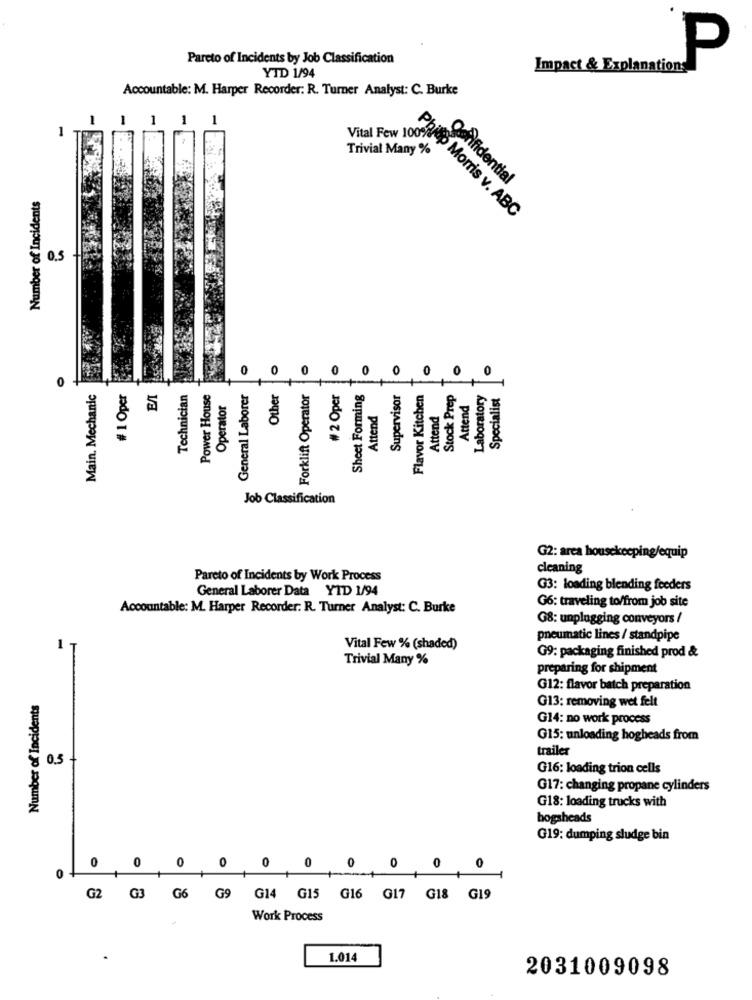
Pareto of Incidents by Job Classification
P
YTD 1/94
Impact & Explanations
Accountable: M. Harper Recorder: R. Turner Analyst: C. Burke
1
1
1 1
Phie
Trivial Many %
Confidential
Number of Incidents
Vital Few 100%up Morris v. ABC
0.5
0
O
0
0
0
0
0
Main. Mechanic
# 1 Oper
EAI
Technician
Power House
General Laborer
Other
Forklift Operator
# 2 Oper
Sheet Forming
Supervisor
Flavor Kitchen
Stock Prep
Laboratory
Specialist
Operator
Attend
Attend
Attend
Job Classification
G2: area housekeeping/equip
cleaning
Pareto of Incidents by Work Process
General Laborer Data YTD 1/94
G3: loading blending feeders
Accountable: M. Harper Recorder: R. Turner Analyst: C. Burke
G6: traveling to/from job site
G8: unplugging conveyors /
pneumatic lines / standpipe
1
Vital Few % (shaded)
Trivial Many %
G9: packaging finished prod &
preparing for shipment
G12: flavor batch preparation
Number of Incidents
G13: removing wet felt
G14: no work process
G15: unloading hogheads from
trailer
8 0.5
G16: loading trion cells
G17: changing propane cylinders
G18: loading trucks with
bogsheads
G19: dumping sludge bin
0
0
0
0
0
0
0
0
0
0
G9
G2
G3
G6
G14 G15 G16 G17 G18 G19
Work Process
1.014
2031009098